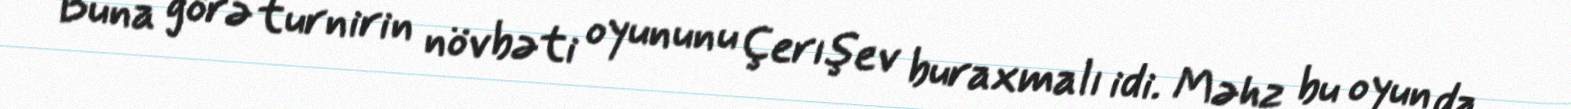
Buna görə turnirin növbəti oyununu Çerışev buraxmalı idi. Məhz bu oyun da,